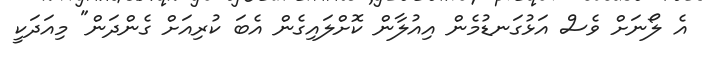
އެ ލޯނަށް ވެސް އަޅުގަނޑުމެން އިއުލާން ކޮށްލައިގެން އެބަ ކުރިއަށް ގެންދަން" މިއަދަކީ